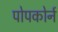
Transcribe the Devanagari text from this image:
पोपकोर्न